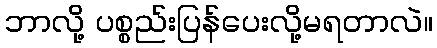
ဘာလို့ ပစ္စည်းပြန်ပေးလို့မရတာလဲ။